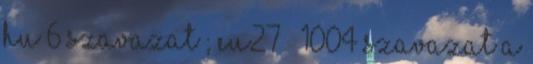
HU 6 szavazat ; EU27 – 1004 szavazat a